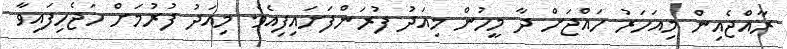
ރާއްޖެއިން މިއަހަރު ހައްޖަށް ދާ މީހުން މިއަދު ފުރަންފަށައިފިއެވެ. މިއަދު ފުރުމަށް ހަޖެހިފައިވާ